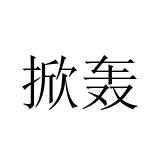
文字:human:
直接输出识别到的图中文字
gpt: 掀轰